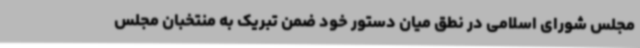
مجلس شورای اسلامی در نطق میان دستور خود ضمن تبریک به منتخبان مجلس